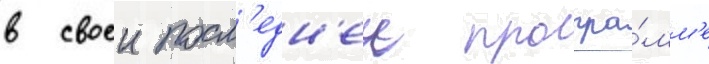
в своеи посл'едн'еи програ́мм'е